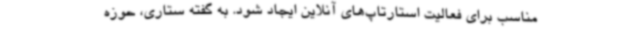
مناسب برای فعالیت استارتاپ‌های آنلاین ایجاد شود. به گفته ستاری، حوزه